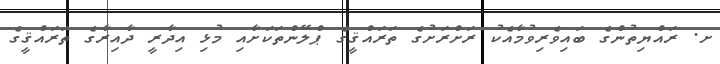
ށ. ރައްޔިތުންގެ ބައިވެރިވުމާއެކު ރަށްރަށުގެ ތަރައްޤީގެ ޕްލޭންތަކަށާއި މުޅި އިދާރީ ދާއިރާގެ ތަރައްޤީގެ